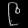
Digit: ၉